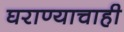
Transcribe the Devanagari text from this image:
घराण्याचाही